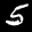
Label: 5